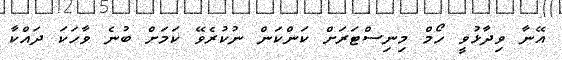
އޭނާ ވިދާޅުވީ ހޯމް މިނިސްޓަރަށް ކަންކަން ނުކުރެވޭ ކަމަށް ބުނެ ވާހަކަ ދައްކާ